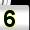
Digit: 5